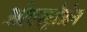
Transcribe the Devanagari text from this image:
ओएस्ट्रोजेन